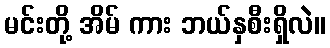
မင်းတို့ အိမ် ကား ဘယ်နှစီးရှိလဲ။